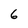
Character: 6